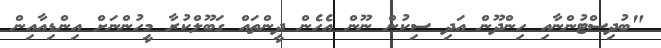
"ބުދިސްޓުންނާއި ހިންދޫން އަދި ސިކުން ނޫން އެހެން ދީންތައް ގަބޫލްކުރާ މީހުންނަށް އިންޑިއާއިން